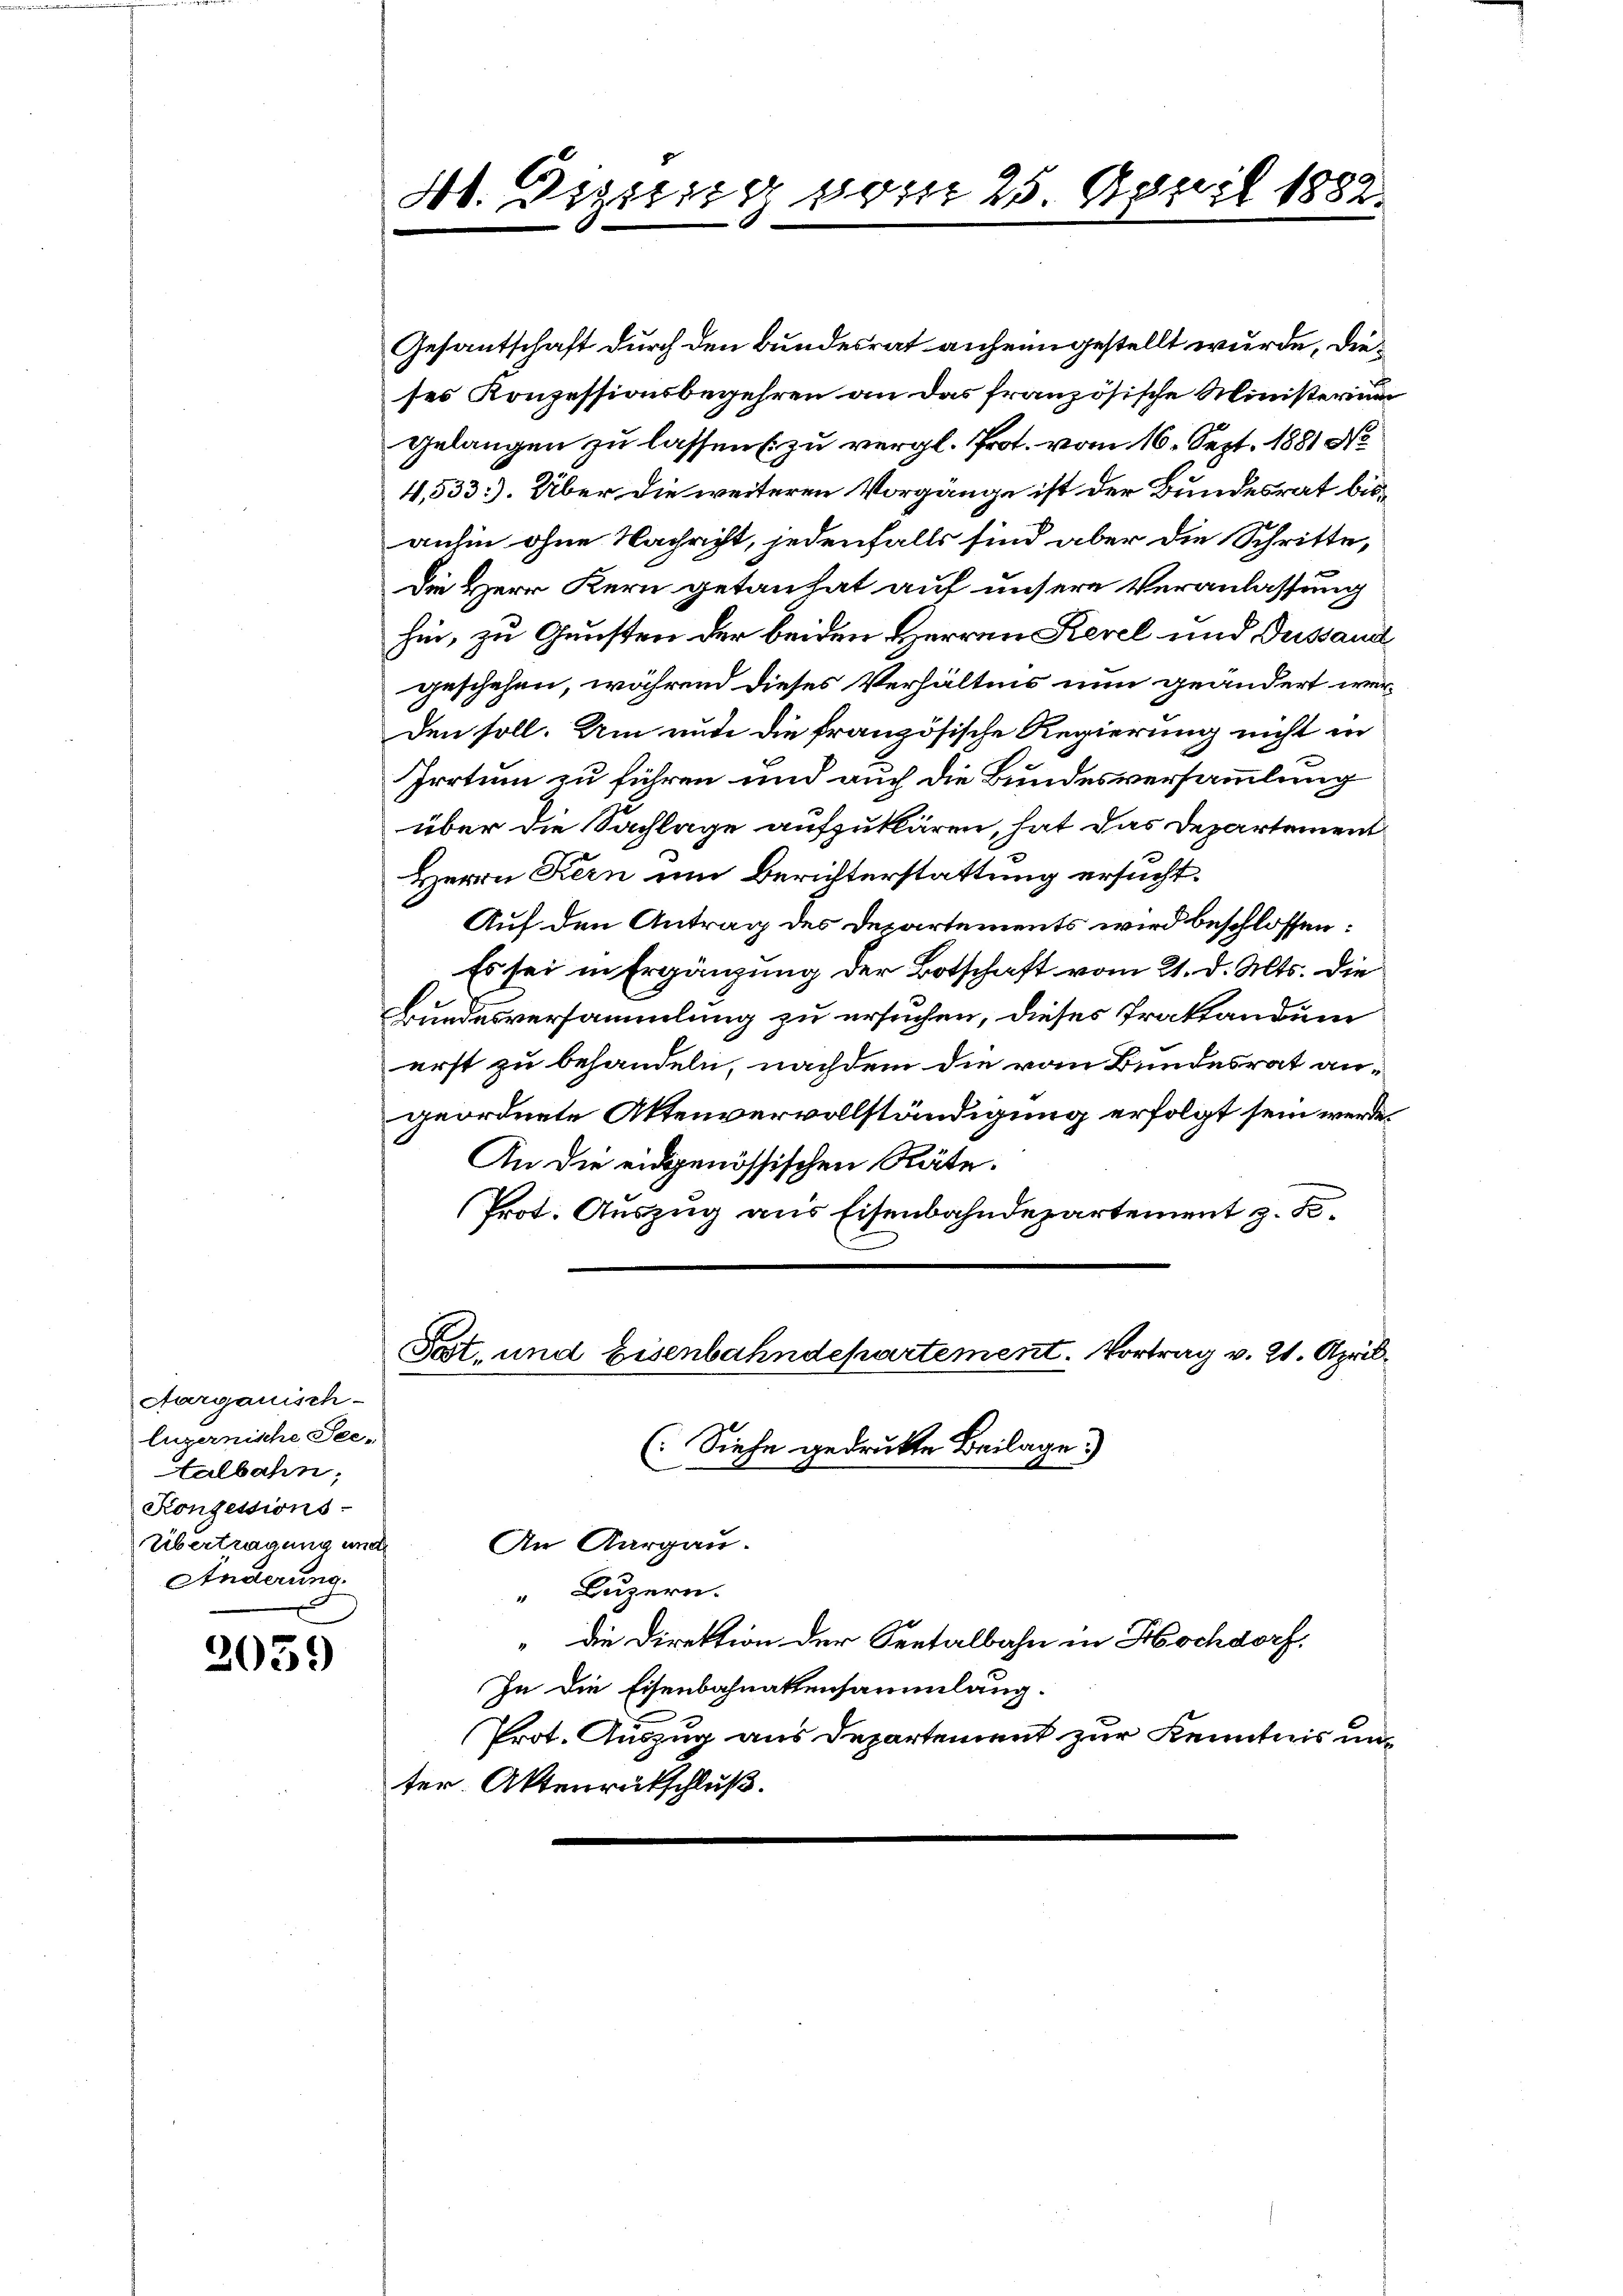
Aargauisch-
luzernische Seetalbahn,
Konzessions-
Übertragung und
Anderung.

2059

dt. Diesig vom 25. April 1882.

Gesantschaft durch den Bundesrat anheimgestellt wurde, dieses Konzessionsbegehren an das französische Ministerium
Gelangen zu lassens zu vergl. Prot. vom 16. Sept. 1881 No
4,533). Über die weiteren Vorgänge ist der Bundesrat bisanhin ohne Nachricht, jedenfalls sind aber die Schritte,
die Herr Kern getanhat auf unsere Veranlassung
hin, zu Gunsten der beiden Herren Revel und Dustand
geschehen, während dieses Verhältnis nun geändert werden soll. Um und die französische Regierung nicht in
Irrtum zu führen und auch die Bundesversammlung
über die Sachlage aufzuklären, hat das Departement
Herrn Kern um Berichterstattung ersucht.
Auf den Antrag des Departements wird beschlossen:
Es sei in Ergänzung der Botschaft vom 21. d. Mts. die
Bundesversammlung zu ersuchen, dieses Traktandum
erst zu behandeln, nachdem die vom Bundesrat angeordnete Aktenvervollständigung erfolgt sein werde,
An die eidgenössischen Räte.
Prot. Auszug aus Eisenbahndepartement z. B.

Tat. und Eisenbahndepartement. Vortrag v. 21. April.

¬
An Aargau.
“ Luzern.
" die Direktion der Seetalbahn in Hochdorf,
In die Eisenbahnaktensammlung.
Prot. Auszug aus Departement zur Kenntnis unter Aktenrütschluß.

(Siehe gedruckte Beilage)